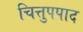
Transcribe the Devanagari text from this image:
चित्तुपपाद